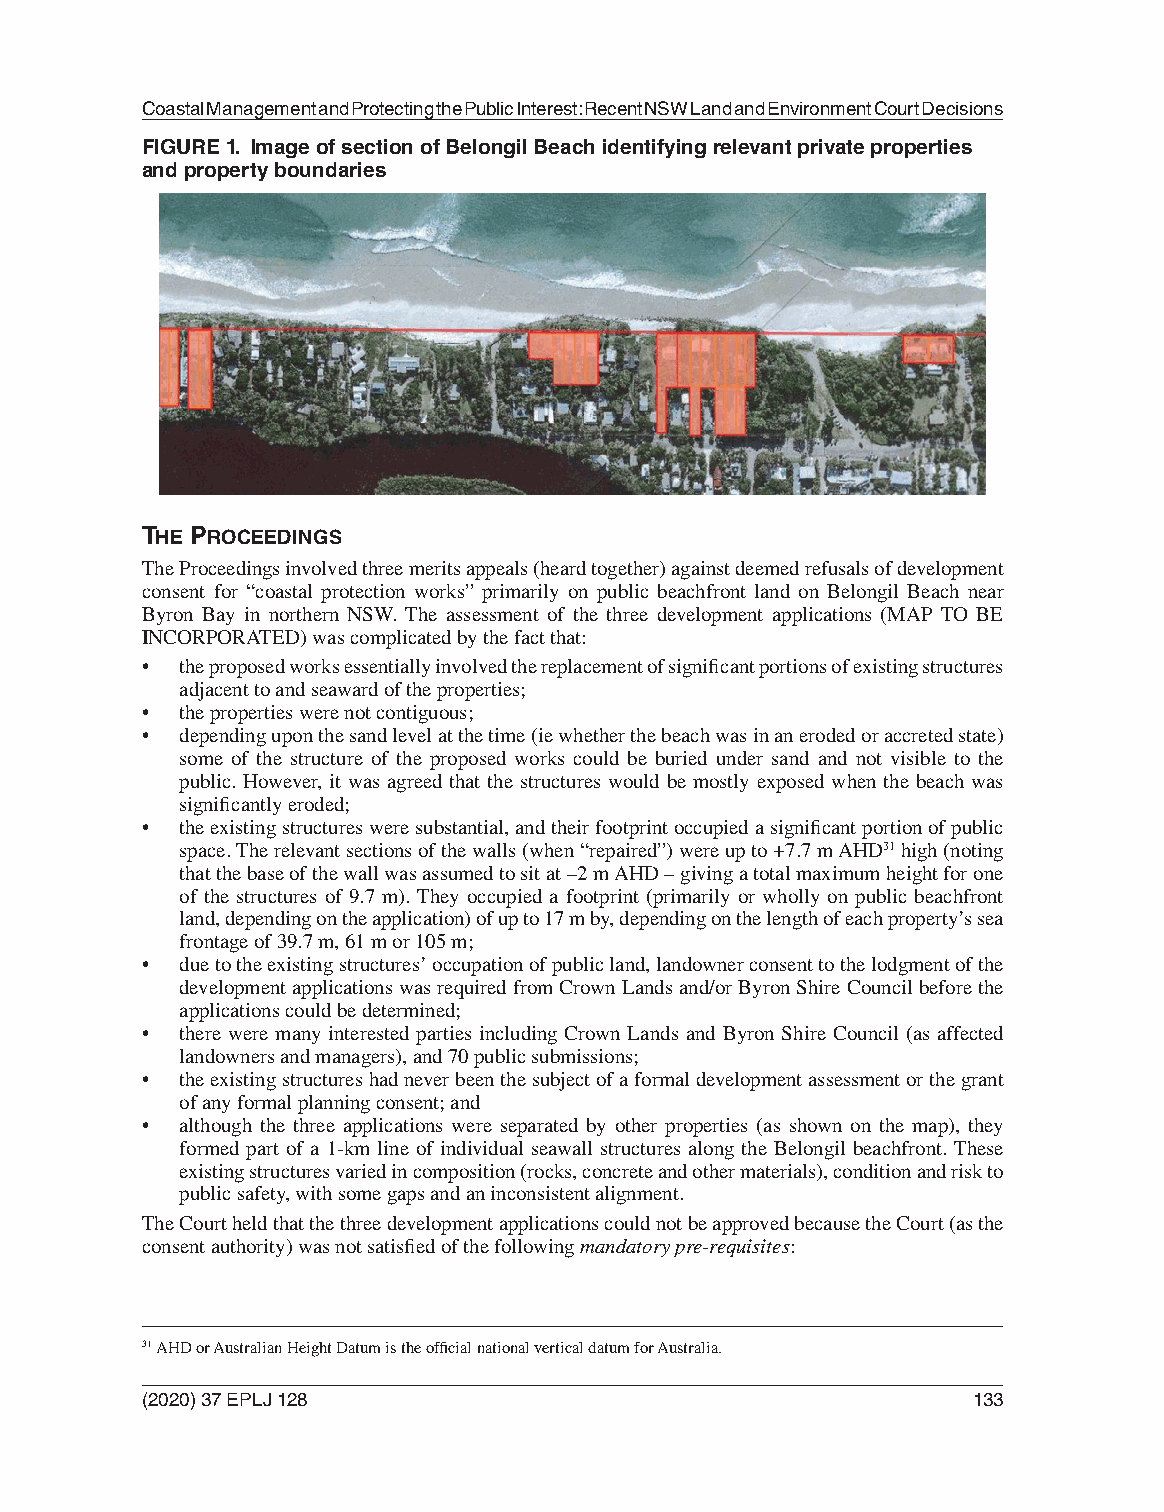
Coastal Management and Protecting the Public Interest: Recent NSW Land and Environment Court Decisions
 FIGURE 1. Image of section of Belongil Beach identifying relevant private properties
 and property boundaries
 THE PROCEEDINGS
 The Proceedings involved three merits appeals (heard together) against deemed refusals of development
 consent for “coastal protection works” primarily on public beachfront land on Belongil Beach near
 Byron Bay in northern NSW. The assessment of the three development applications (MAP TO BE
 INCORPORATED) was complicated by the fact that:
 •  the proposed works essentially involved the replacement of significant portions of existing structures
 adjacent to and seaward of the properties;
 •  the properties were not contiguous;
 •  depending upon the sand level at the time (ie whether the beach was in an eroded or accreted state)
 some of the structure of the proposed works could be buried under sand and not visible to the
 public. However, it was agreed that the structures would be mostly exposed when the beach was
 significantly eroded;
 •  the existing structures were substantial, and their footprint occupied a significant portion of public
 space. The relevant sections of the walls (when “repaired”) were up to +7.7 m AHD31 high (noting
 that the base of the wall was assumed to sit at –2 m AHD – giving a total maximum height for one
 of the structures of 9.7 m). They occupied a footprint (primarily or wholly on public beachfront
 land, depending on the application) of up to 17 m by, depending on the length of each property’s sea
 frontage of 39.7 m, 61 m or 105 m;
 •  due to the existing structures’ occupation of public land, landowner consent to the lodgment of the
 development applications was required from Crown Lands and/or Byron Shire Council before the
 applications could be determined;
 •  there were many interested parties including Crown Lands and Byron Shire Council (as affected
 landowners and managers), and 70 public submissions;
 •  the existing structures had never been the subject of a formal development assessment or the grant
 of any formal planning consent; and
 •  although the three applications were separated by other properties (as shown on the map), they
 formed part of a 1-km line of individual seawall structures along the Belongil beachfront. These
 existing structures varied in composition (rocks, concrete and other materials), condition and risk to
 public safety, with some gaps and an inconsistent alignment.
 The Court held that the three development applications could not be approved because the Court (as the
 consent authority) was not satisfied of the following mandatory pre-requisites:
 31 AHD or Australian Height Datum is the official national vertical datum for Australia.
 (2020) 37 EPLJ 128                                     133